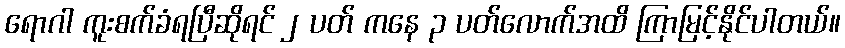
ရောဂါ ကူးစက်ခံရပြီဆိုရင် ၂ ပတ် ကနေ ၃ ပတ်လောက်အထိ ကြာမြင့်နိုင်ပါတယ်။